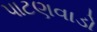
પાટણવાડો